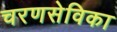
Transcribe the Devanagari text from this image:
चरणसेविका